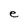
Character: e